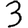
Digit: 3